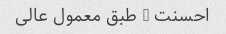
احسنت … طبق معمول عالی